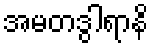
အမတဒွါရာနိ